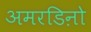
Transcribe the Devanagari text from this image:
अमरडिऩो